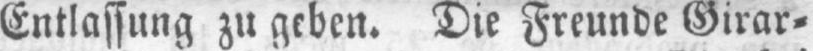
Entlassung zu geben. Die Freunde Girar⸗